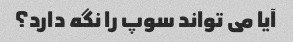
آیا می تواند سوپ را نگه دارد؟